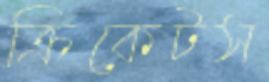
ক্রিকেটস